Report on lock hospitals in British Burma
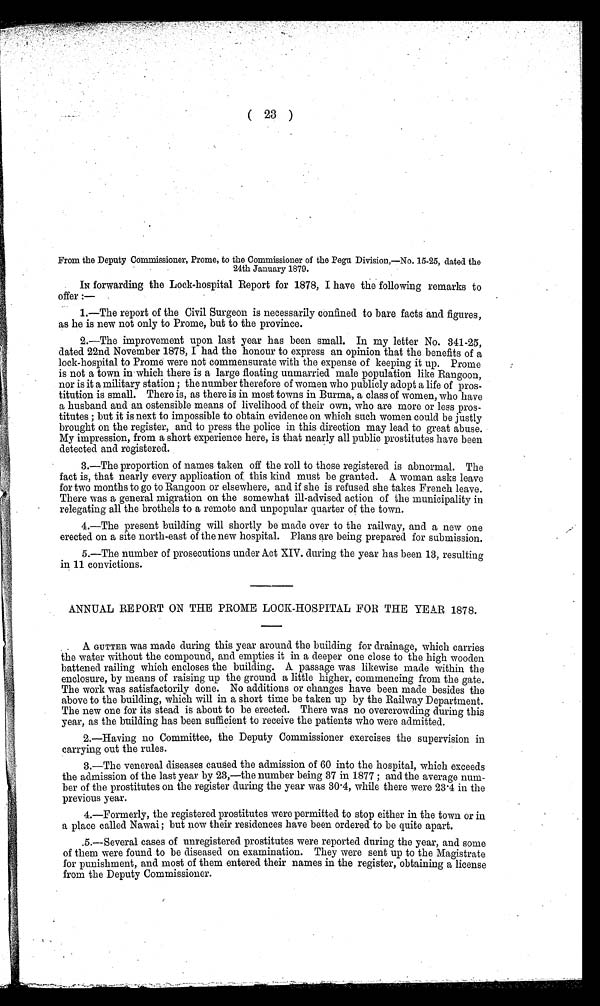
(
23 )
From the Deputy Commissioner, Prome, to the Commissioner of the Pegu Division,—No. 15-25, dated the
24th January 1879.
IN forwarding the Lock-hospital Report for 1878, I have the following remarks to
offer :
—
1.—The report of the Civil Surgeon is necessarily confined to bare facts and figures,
as he is new not only to Prome, but to the province.
2.—The improvement upon last year has been small. In my letter No. 341-25,
dated 22nd November 1878, I had the honour to express an opinion that the benefits of a
lock-hospital to Prome were not commensurate with the expense of keeping it up. Prome
is not a town in which there is a large floating unmarried male population like Rangoon,
nor is it a military station ; the number therefore of women who publicly adopt a life of pros--
titution is small. There is, as there is in most towns in Burma, a class of women, who have
a husband and an ostensible means of livelihood of their own, who are more or less pros-
-titutes ; but it is next to impossible to obtain evidence on which such women could be justly
brought on the register, and to press the police in this direction may lead to great abuse.
My impression, from a short experience here, is that nearly all public prostitutes have been
detected and registered.
3.—The proportion of names taken off the roll to those registered is abnormal. The
fact is, that nearly every application of this kind must be granted. A woman asks leave
for two months to go to Rangoon or elsewhere, and if she is refused she takes French leave.
There was a general migration on the somewhat ill-advised action of the municipality in
relegating all the brothels to a remote and unpopular quarter of the town.
4.—The present building will shortly be made over to the railway, and a new one
erected on a site north-east of the new hospital. Plans are being prepared for submission.
5.—The number of prosecutions under Act XIV. during the year has been 13, resulting
in 11 convictions.
ANNUAL REPORT ON THE PROME LOCK-HOSPITAL FOR THE YEAR 1878.
A GUTTER was made during this year around the building for drainage, which carries
the water without the compound, and empties it in a deeper one close to the high wooden
battened railing which encloses the building. A passage was likewise made within the
enclosure, by means of raising up the ground a little higher, commencing from the gate.
The work was satisfactorily done. No additions or changes have been made besides the
above to the building, which will in a short time be taken up by the Railway Department.
The new one for its stead is about to be erected. There was no overcrowding during this
year, as the building has been sufficient to receive the patients who were admitted.
2.—Having no Committee, the Deputy Commissioner exercises the supervision in
carrying out the rules.
3.—The venereal diseases caused the admission of 60 into the hospital, which exceeds
the admission of the last year by 23,—the number being 37 in 1877 ; and the average num--
ber of the prostitutes on the register during the year was 30.4, while there were 23.4 in the
previous year.
4.—Formerly, the registered prostitutes were permitted to stop either in the town or in
a place called Nawai ; but now their residences have been ordered to be quite apart.
.5.—Several cases of unregistered prostitutes were reported during the year, and some
of them were found to be diseased on examination. They were sent up to the Magistrate
for punishment, and most of them entered their names in the register, obtaining a license
from the Deputy Commissioner.
r,^4